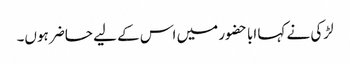
لڑکی نے کہا ابا حضور میں اس کے لیے حاضر ہوں۔